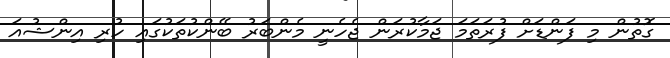
ގޮތުން މި ފަންޑަށް ފުރަތަމަ ޖަމާކުރަން ޖެހެނީ މެންބަރު ބޭންކުތަކުގައި ހުރި އިންޝުއަ